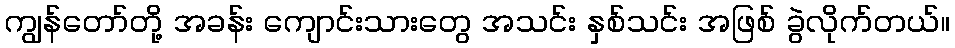
ကျွန်တော်တို့ အခန်း ကျောင်းသားတွေ အသင်း နှစ်သင်း အဖြစ် ခွဲလိုက်တယ်။